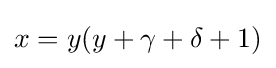
x=y(y+\gamma +\delta +1)